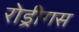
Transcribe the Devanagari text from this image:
रोड्रीगस